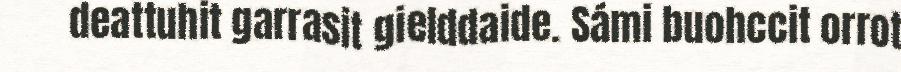
deattuhit garrasit gielddaide. Sámi buohccit orrot